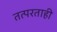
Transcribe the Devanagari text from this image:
तत्परताही